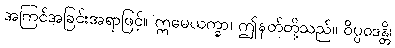
အကြင်အခြင်းအရာဖြင့်။ ဣမေယက္ခာ၊ ဤနတ်တို့သည်။ ဝိပ္ပဝဒန္တိ၊